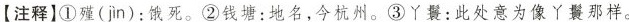
【注释】①殖( jìn )：饿死。②钱塘：地名，今杭州。③丫鬟：此处意为像丫鬟那样。